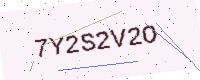
Text: 7Y2S2V2O